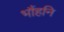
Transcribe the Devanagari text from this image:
भौंहनि